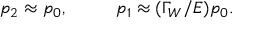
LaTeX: p _ { 2 } \approx p _ { 0 } , \ \ \ \ \ \ \ \ p _ { 1 } \approx ( \Gamma _ { W } / E ) p _ { 0 } .